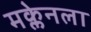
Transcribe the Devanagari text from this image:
मक्लेनला